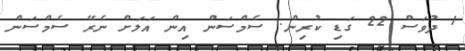
1 ދުވަސް 22 ގަޑި ކުރިން. ސެމްސަން އިން އަލަށް ނެރޭ ސެމްސަން